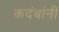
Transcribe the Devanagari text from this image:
कदंबांनी